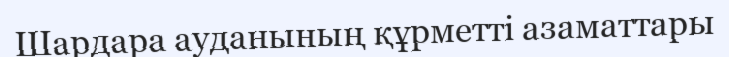
Шардара ауданының құрметті азаматтары